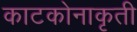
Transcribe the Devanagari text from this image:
काटकोनाकृती